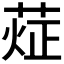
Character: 𰱨